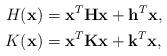
LaTeX: \begin{align*}H(\mathbf{x}) &= \mathbf{x}^T\mathbf{H}\mathbf{x} + \mathbf{h}^T\mathbf{x}, \\K(\mathbf{x}) &= \mathbf{x}^T\mathbf{K}\mathbf{x} + \mathbf{k}^T\mathbf{x} ,\end{align*}